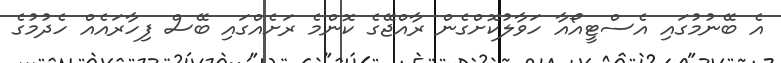
އެ ބޭނުމުގައި އެސްޓީއޯއާ ހަވާލުކޮށްގެން ރާއްޖޭގެ ކޮންމެ ރަށެއްގައި ބޭސް ފިހާރައެއް ހެދުމުގެ